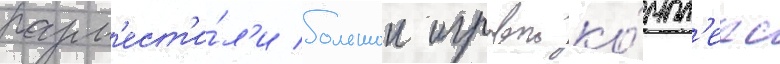
разм'ест'и́л'и большои игровои ко́мпл'екс